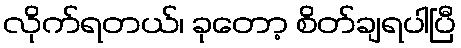
လိုက်ရတယ်၊ ခုတော့ စိတ်ချရပါပြီ